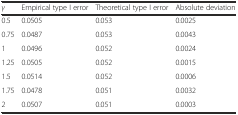
<table><thead><tr><td><b><i>γ</i></b></td><td><b>Empirical type I error</b></td><td><b>Theoretical type I error</b></td><td><b>Absolute deviation</b></td></tr></thead><tbody><tr><td>0.5</td><td>0.0505</td><td>0.053</td><td>0.0025</td></tr><tr><td>0.75</td><td>0.0487</td><td>0.053</td><td>0.0043</td></tr><tr><td>1</td><td>0.0496</td><td>0.052</td><td>0.0024</td></tr><tr><td>1.25</td><td>0.0505</td><td>0.052</td><td>0.0015</td></tr><tr><td>1.5</td><td>0.0514</td><td>0.052</td><td>0.0006</td></tr><tr><td>1.75</td><td>0.0478</td><td>0.051</td><td>0.0032</td></tr><tr><td>2</td><td>0.0507</td><td>0.051</td><td>0.0003</td></tr></tbody></table>